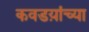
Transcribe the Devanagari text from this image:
कवडय़ांच्या